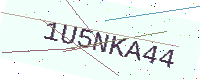
Text: 1U5NKA44